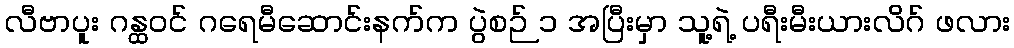
လီဗာပူး ဂန္ထဝင် ဂရေမီဆောင်းနက်က ပွဲစဉ် ၁ အပြီးမှာ သူ့ရဲ့ ပရီးမီးယားလိဂ် ဖလား